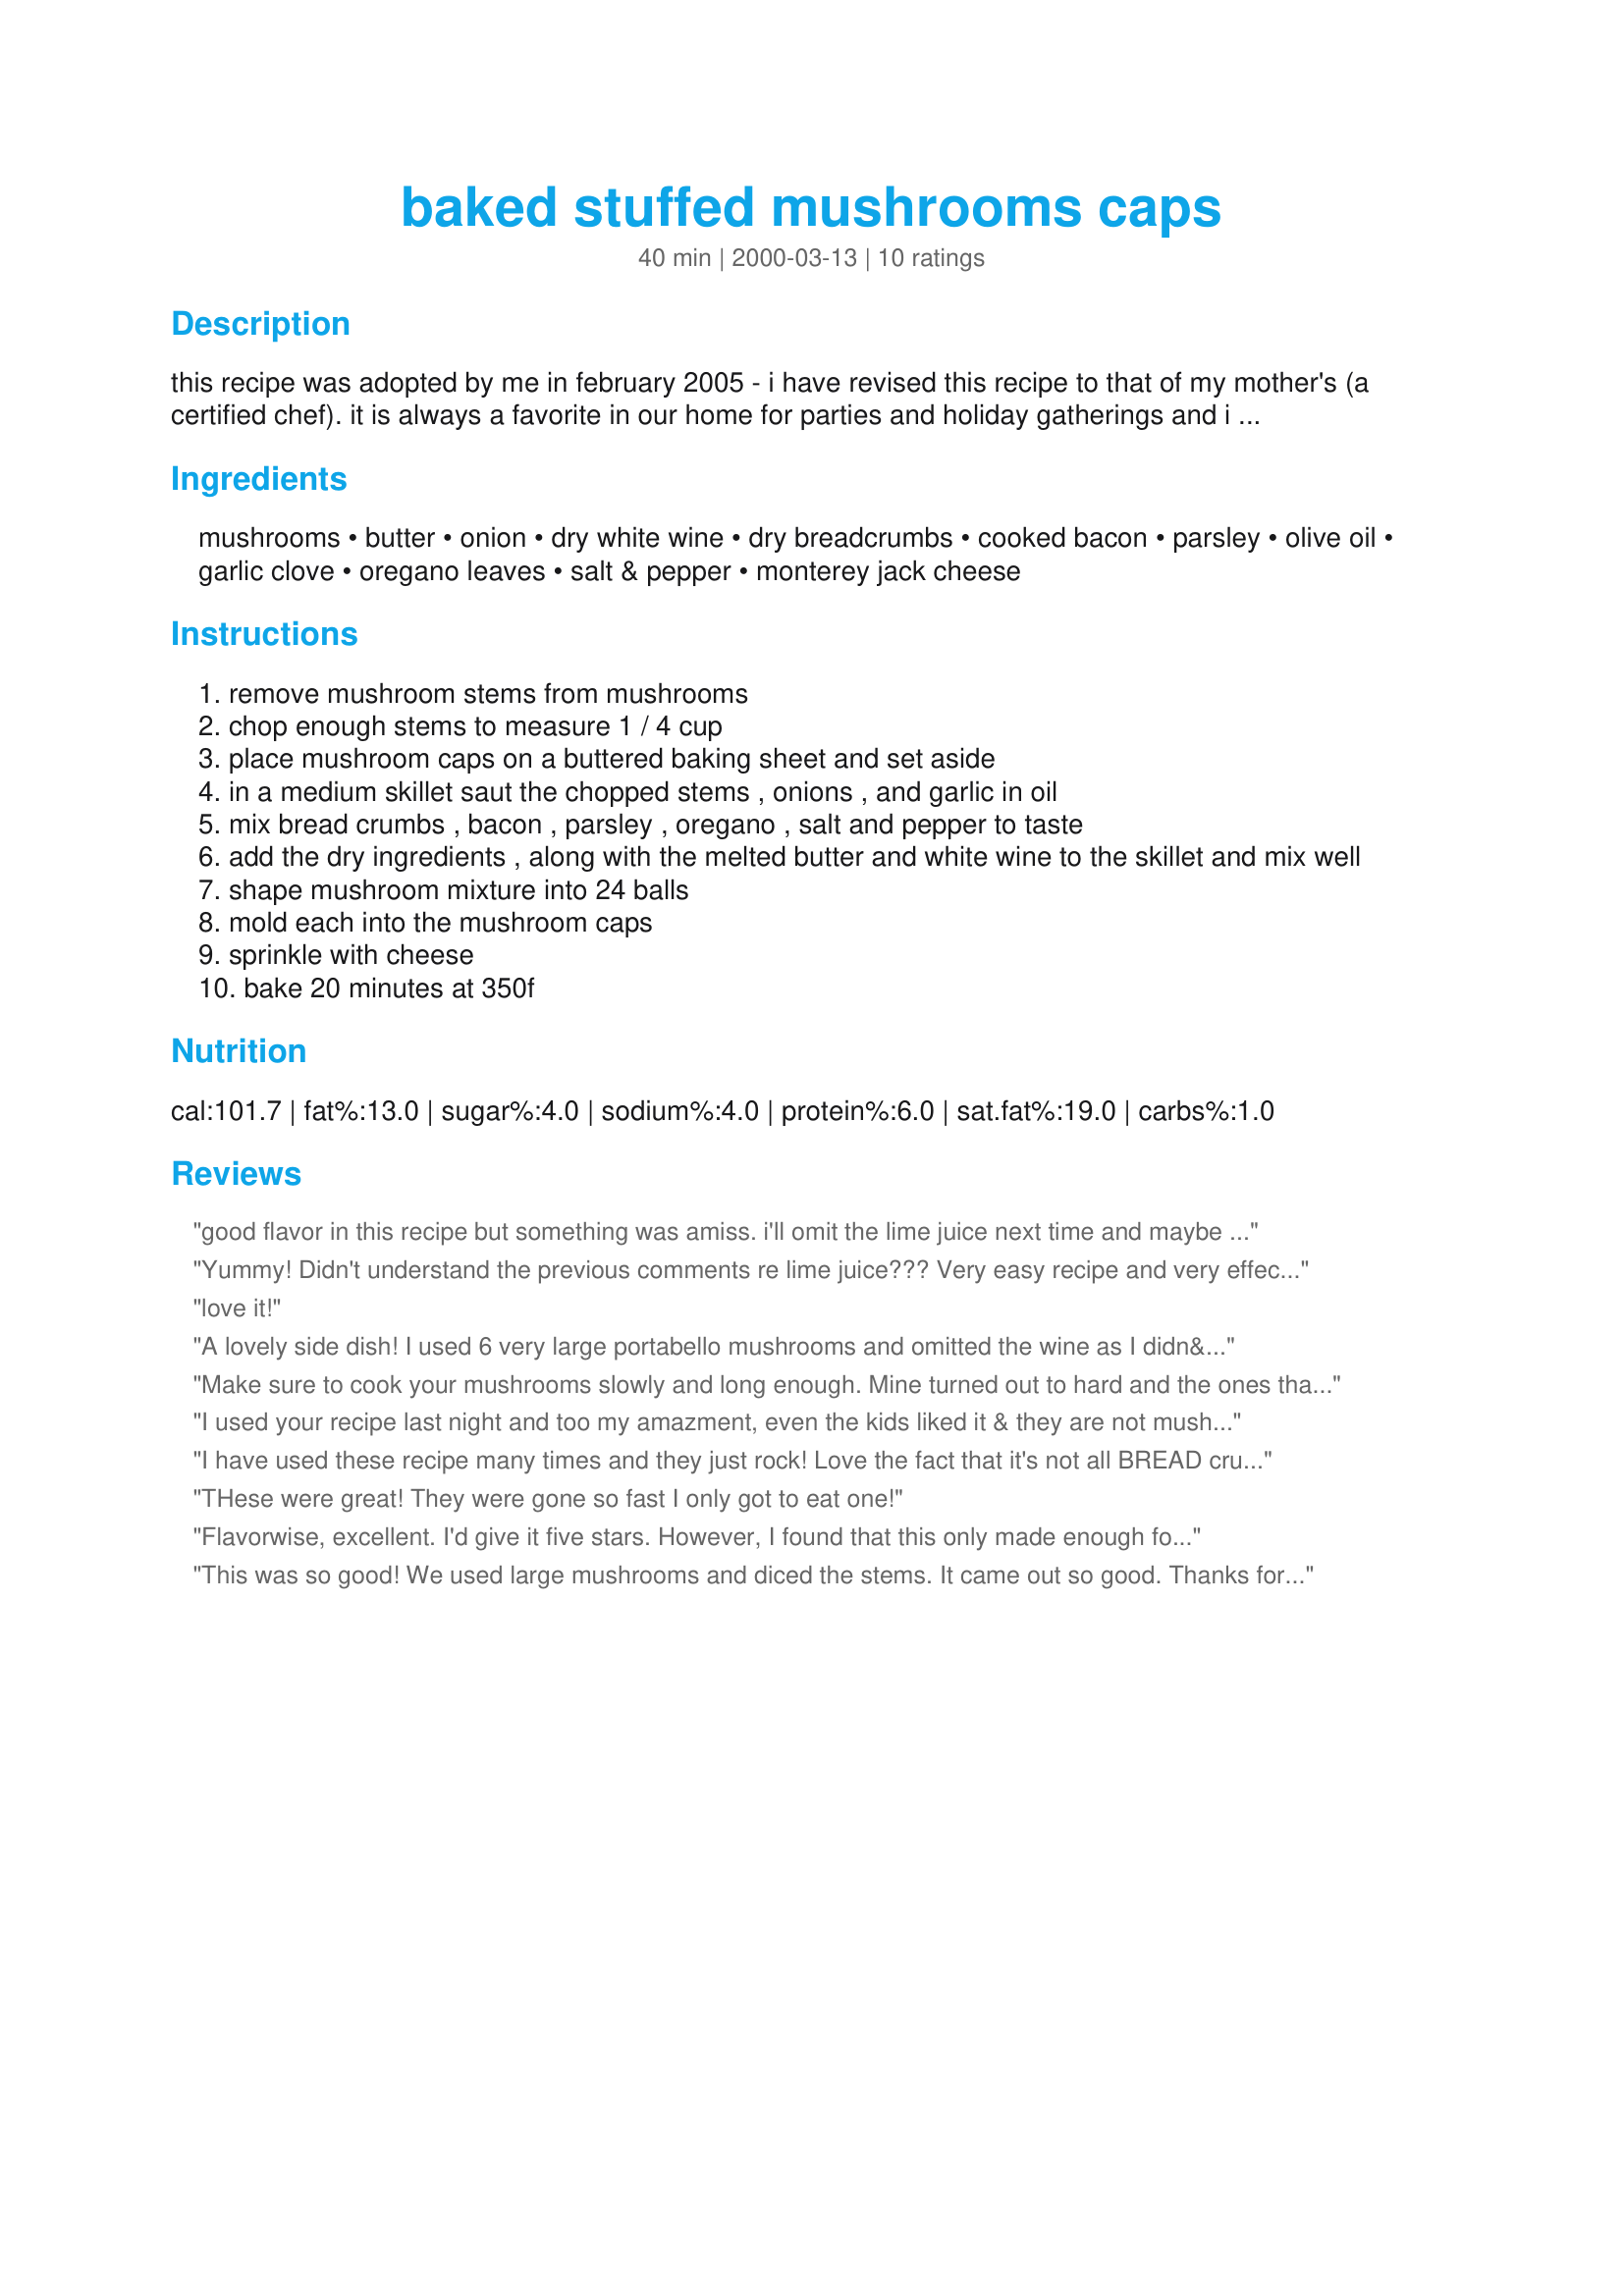
baked stuffed mushrooms caps
Preparation time: 40 minutes

this recipe was adopted by me in february 2005 - i have revised this recipe to that of my mother's (a certified chef). it is always a favorite in our home for parties and holiday gatherings and i hope you enjoy it too.

Ingredients:
mushrooms, butter, onion, dry white wine, dry breadcrumbs, cooked bacon, parsley, olive oil, garlic clove, oregano leaves, salt & pepper, monterey jack cheese

Steps:
remove mushroom stems from mushrooms
chop enough stems to measure 1 / 4 cup
place mushroom caps on a buttered baking sheet and set aside
in a medium skillet saut the chopped stems , onions , and garlic in oil
mix bread crumbs , bacon , parsley , oregano , salt and pepper to taste
add the dry ingredients , along with the melted butter and white wine to the skillet and mix well
shape mushroom mixture into 24 balls
mold each into the mushroom caps
sprinkle with cheese
bake 20 minutes at 350f

Reviews:
good flavor in this recipe but something was amiss. i'll omit the lime juice next time and maybe throw in a drop of worcheshire instead. i stuffed the filling into two huge portabello mushrooms, sprinkled the cheese on top and popped it into the oven: 375 degrees for 15 minutes.
Yummy! Didn't understand the previous comments re lime juice??? Very easy recipe and very effective. I used Parmesan cheese instead of the Monterey Jack, and it was very effective.
Tricia M
love it!
A lovely side dish! I used 6 very large portabello mushrooms and omitted the wine as I didn&#039;t have any. We thought the mushrooms were very flavourful. Thanks for the great recipe!
Make sure to cook your mushrooms slowly and long enough. Mine turned out to hard and the ones that did cook through fell apart.
I used your recipe last night and too my amazment, even the kids liked it & they are not mushroom fans...I used my own home made left over dinner rolls for the breadcrums with all ingrediants from your recipe and only added a tiny bit of paprika...they were very good! This will be an on going recipe in my house from now on...
Thak you!
I have used these recipe many times and they just rock! Love the fact that it's not all BREAD crumbs and stems! Last weekend I had a party and tried to make them ahead (1 day) and they turned out perfect! What I did was toss the mushroom caps in olive oil and S&P, put them in a 350 oven and roasted for 5/8 minutes. I then turned the caps upside down to drain.. and when cooled stuffed them. Put them in a tin roasting pan, covered and kept in the frig. The next evening, I took them out - let them stand at room temp. for 10 - 15 min. then baked at 350 for 15 mins. My guests were awed and commented on them being the best - the bacon added to the flavor but the kicker was the wine - very subtle. (I also doubled the recipe) Had only 5 leftover and tonight reheated for hubby. I actually liked them made ahead. Flavors mellowed.
THese were great! They were gone so fast I only got to eat one!
Flavorwise, excellent. I'd give it five stars.

However, I found that this only made enough for 16 mushrooms, and I didn't use huge ones, nor did I overfill them. Next time, I'll double the stuffing recipe!
This was so good! We used large mushrooms and diced the stems. It came out so good. Thanks for sharing.
